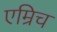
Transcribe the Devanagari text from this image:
एम्रिच